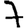
Digit: 7